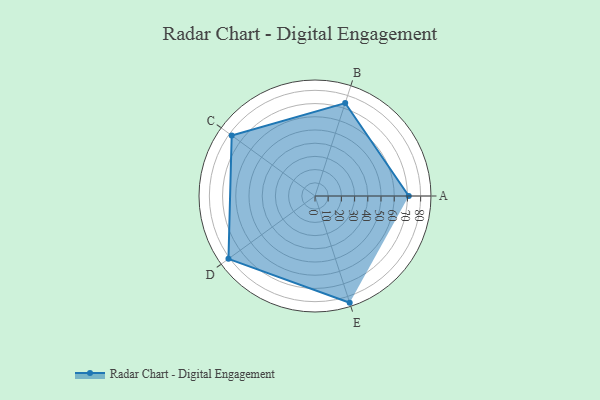
{"axis": {"x": "Skill", "y": "Score"}, "legend": ["Profile"], "data": [{"x": "A", "y": 71.0, "type": "Profile"}, {"x": "B", "y": 74.0, "type": "Profile"}, {"x": "C", "y": 78.0, "type": "Profile"}, {"x": "D", "y": 81.0, "type": "Profile"}, {"x": "E", "y": 85.0, "type": "Profile"}]}